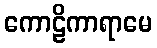
ကောဠိကာရာမေ